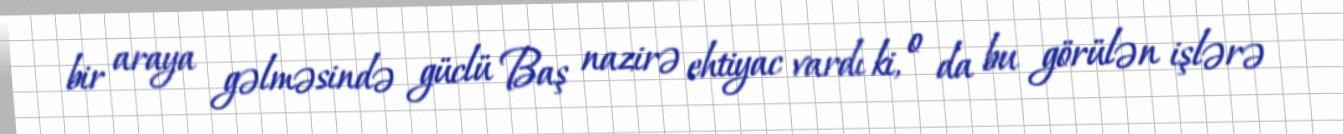
bir araya gəlməsində güclü Baş nazirə ehtiyac vardı ki, o da bu görülən işlərə